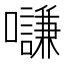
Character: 𡄫